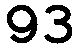
93